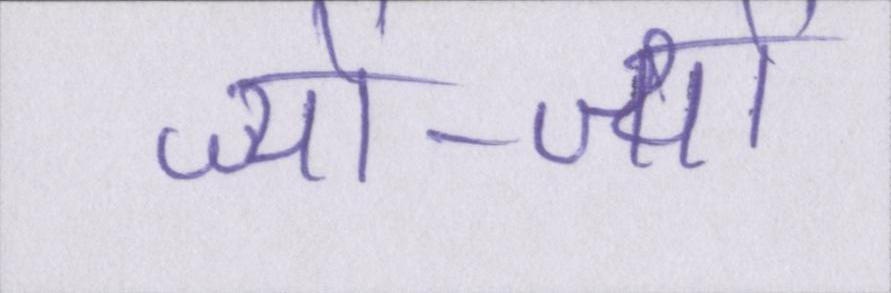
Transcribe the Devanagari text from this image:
ज्यों-ज्यों